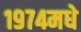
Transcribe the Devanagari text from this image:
१९७४मधे